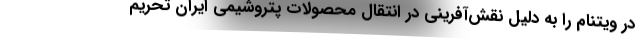
در ویتنام را به دلیل نقش‌آفرینی در انتقال محصولات پتروشیمی ایران تحریم